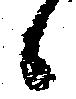
候